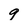
Character: 9